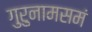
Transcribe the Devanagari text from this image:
गुरुनामसमं